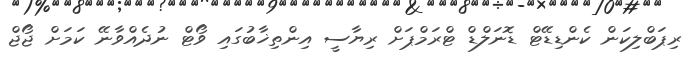
ރިޕަބްލިކަން ކެންޑިޑޭޓް ޑޮނަލްޑް ޓްރަމްޕަށް ރިޔާސީ އިންތިޚާބުގައި ވޯޓް ނުދެއްވާނޭ ކަމަށް ޖޯޖް